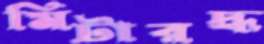
মিটারদ্ধ